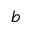
b